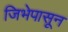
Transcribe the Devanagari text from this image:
जिभेपासून